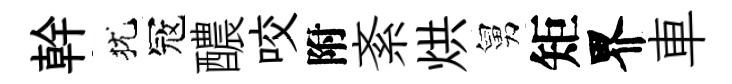
幹犹冦醲咬附紊烘舅矩界車